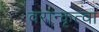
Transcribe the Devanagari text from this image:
वरान्कृत्वा